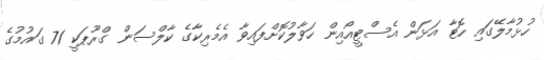
ހުޅުމާލޭގައި ހޮޓާ އަޅަން އެސްޓީއޯއިން ހަވާލުކޮށްފައިވާ އެމެރިކާގެ ކާލްސަން ގްރޫޕަކީ 71 ގައުމުގެ